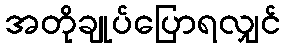
အတိုချုပ်ပြောရလျှင်